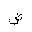
Letter: _dad